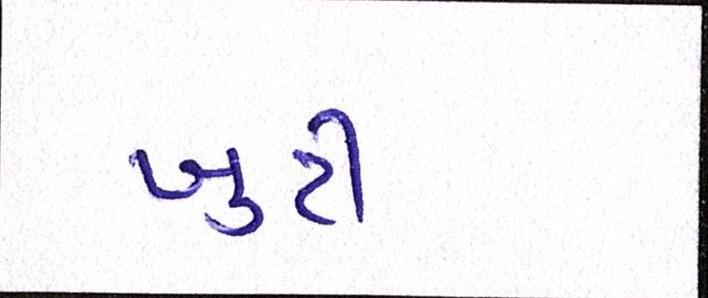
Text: ખુટી